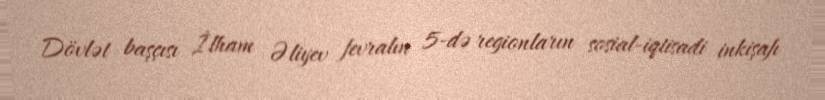
Dövlət başçısı İlham Əliyev fevralın 5-də regionların sosial-iqtisadi inkişafı